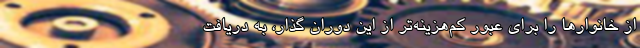
از خانوارها را برای عبور کم‌هزینه‌تر از این دوران گذار، به دریافت